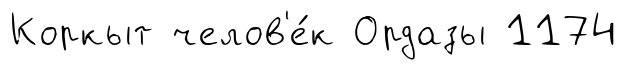
Коркыт челов'е́к Ордазы 1174